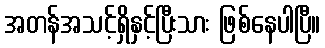
အတန်အသင့်ရှိနှင့်ပြီးသား ဖြစ်နေပါပြီ။